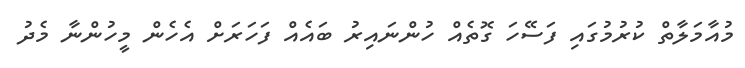
މުއާމަލާތް ކުރުމުގައި ފަސޭހަ ގޮތެެއް ހުންނައިރު ބައެއް ފަހަރަށް އެހެން މީހުންނާ މެދު